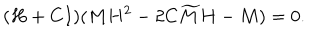
( H + C I ) ( M H ^ { 2 } - 2 C { \widetilde M } H - M ) = 0 .